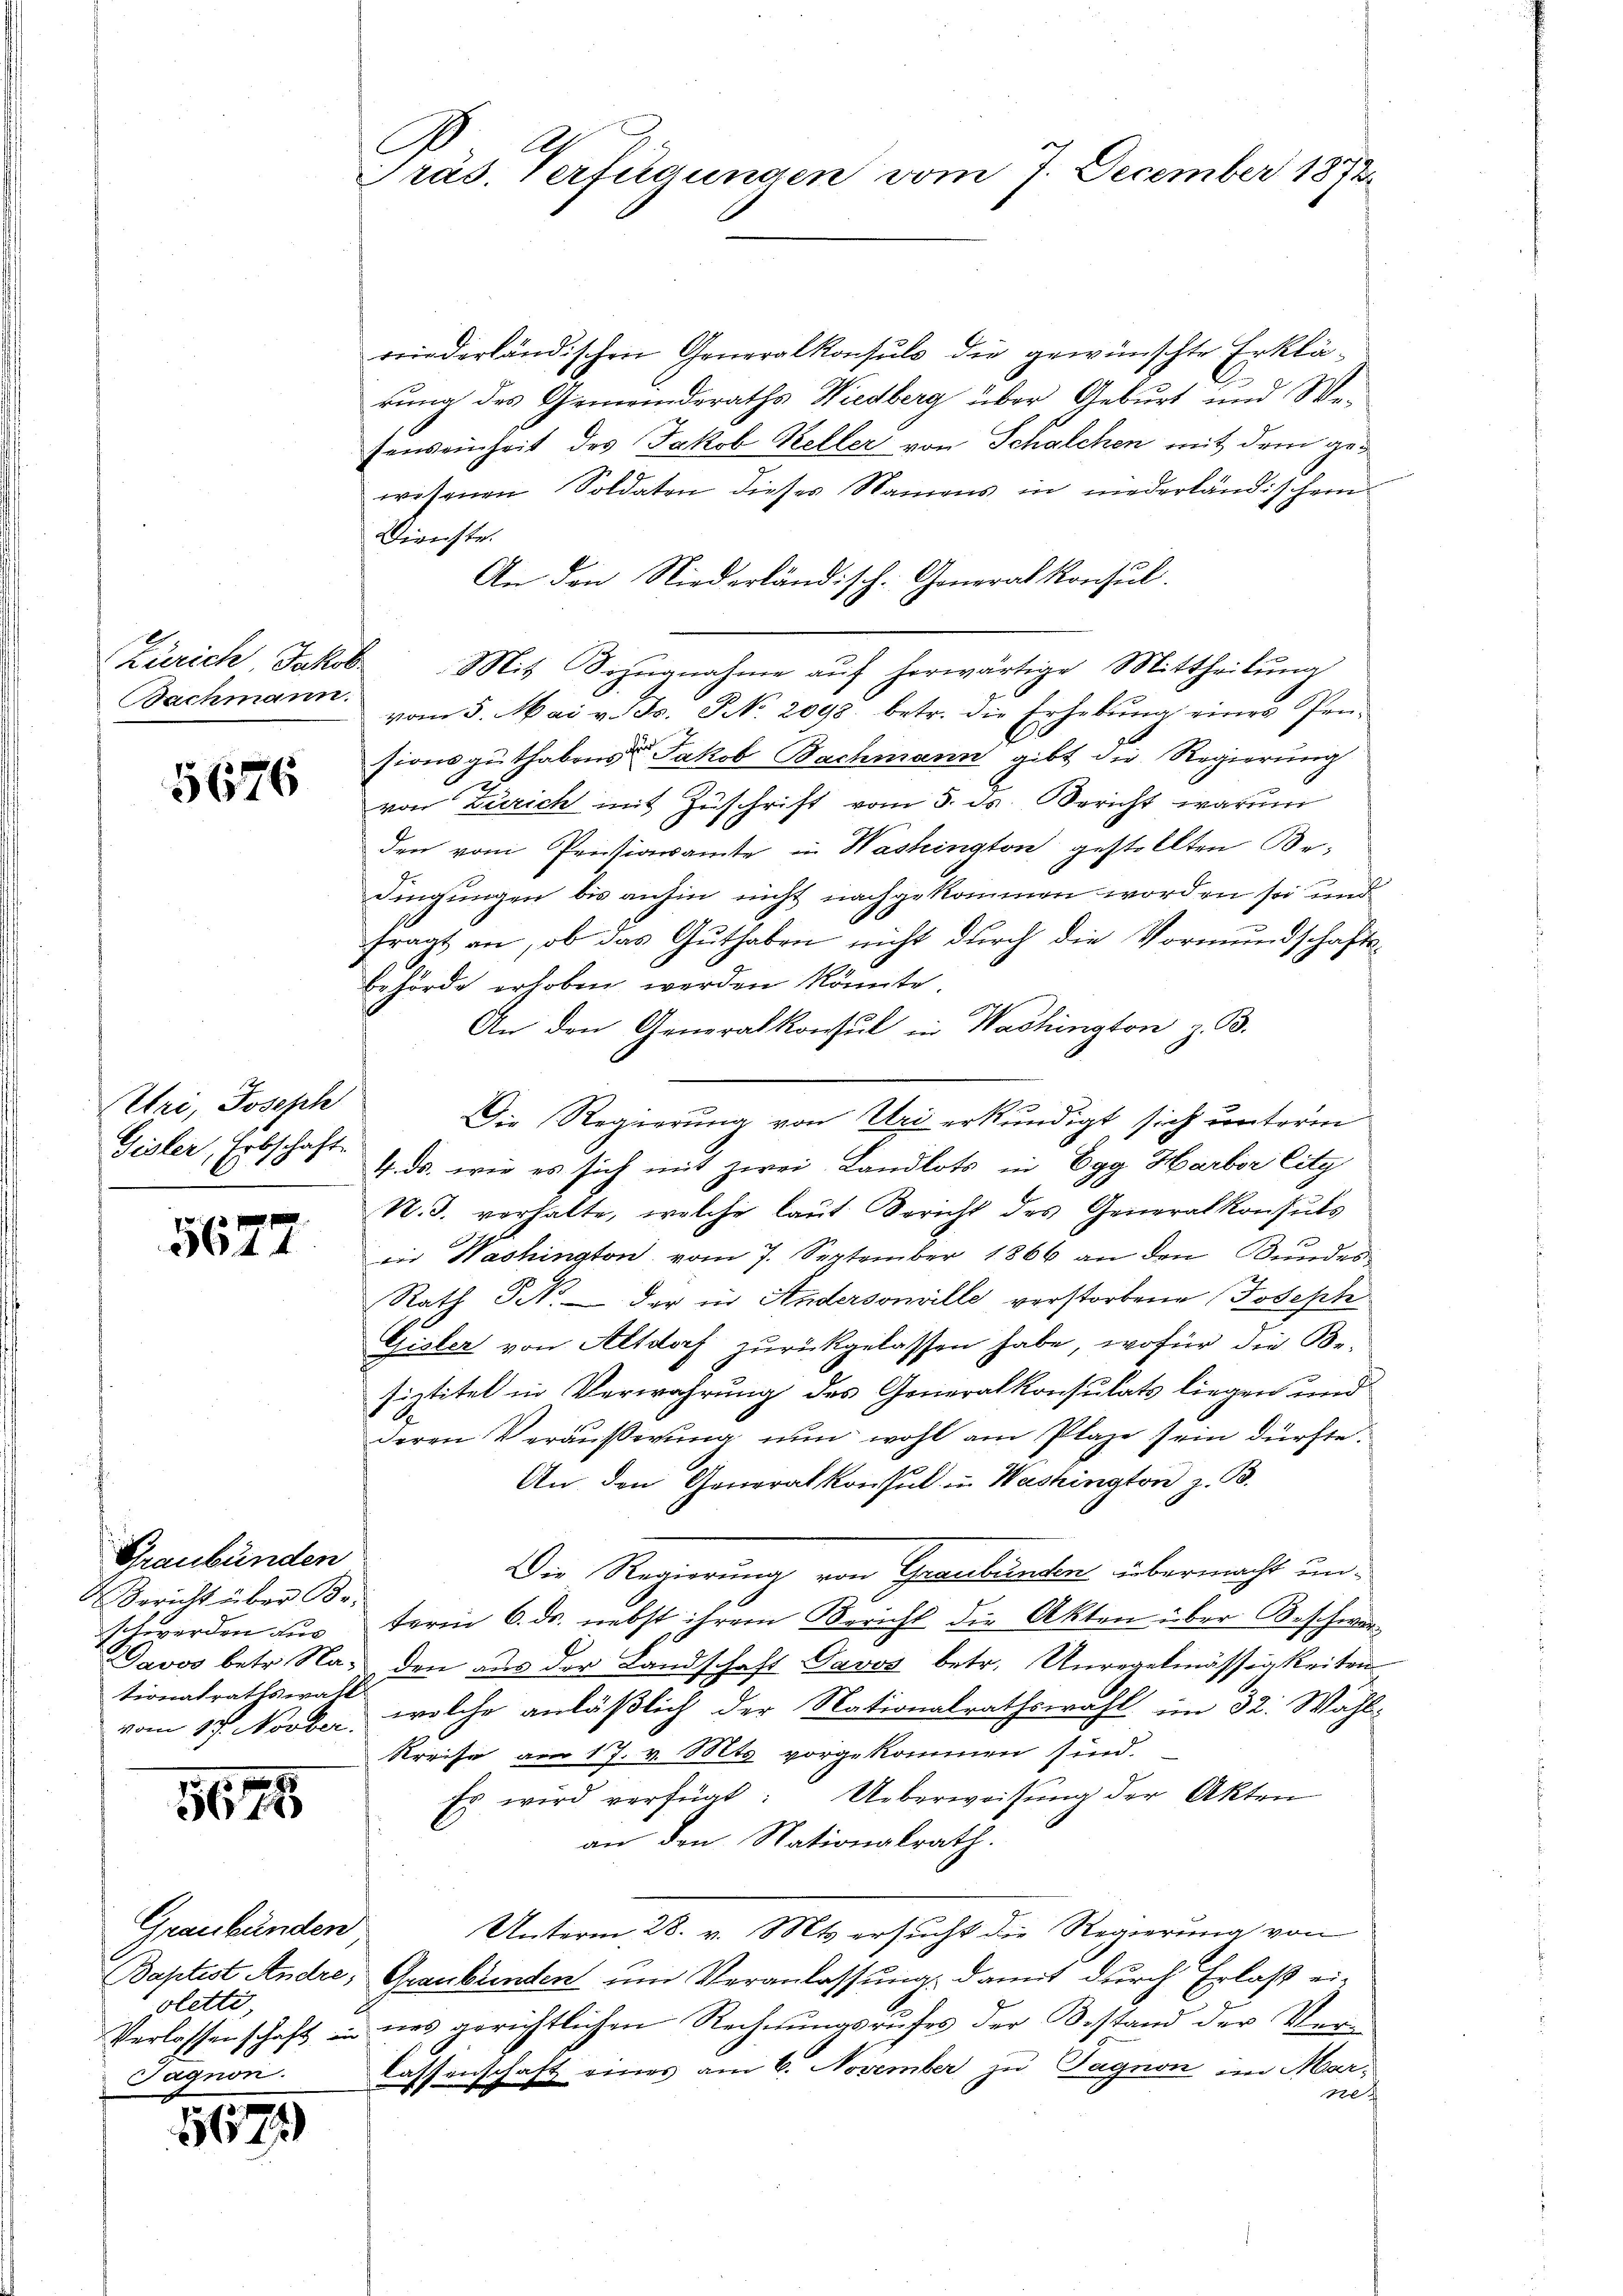
Zürich Jakob
Bachmann.

5676

Uri, Joseph
Gisler, Erbschaft.

5677

Graubünden
 Bericht über Betionalrathswahl

1675

reinderländischen Generalkonsuls die gewünschte Erklärung des Gemeinderaths Wiedberg über Geburt und Wefenseinheit des Jakob Keller von Schalchen mit dem gewesenen Soldaten dieses Namens in niederländischen
Dienste.
An den Niederländisch. Generalkonsul
Mit Sezŭgnahme aŭf herwärtige Mittheilŭng
vom 5. Mai v. Js. No. 2098. betr. die Erhebŭng einer Pen-
C
sions guthabens Jakob Bachmann gibt die Regierung
von Zürich mit Zuschrift vom 5. ds. Bericht warum
den vom Pensionsamte in Washington gestellten Bedingungen bis anhin nicht nachgekommen worden sei und
fragt an, ob das Guthaben nicht durch die Vormundschafts¬
Behörde erhoben werden könnte.
An den Generalkonsul in Washington z. B.
Die Regierung von Uri erkundigt sich unterm
4. ds. wie es sich mit zwei Landlots in Egg Harbor City
N. J. verhalte, welche laŭt Sericht des Generalkonsuls
iin Washington vom 7. September 1866 an den Bundes¬
Rath Frk. der in Andersonville verstorbene Joseph
Gisler von Altdorf zurückgelassen habe, wofür die Be-
siztitel in Verwahrung des Generalkonsulats liegen und
deren Veräußerung nun wohl am Plaze sein dürfte.
An den Generalkonsul in Washington z. B.
Die Regierung von Graubünten übermacht un-
schwerden aus term 6. ds. nebst ihrem Bericht die Akten über Beschwar
Davos betr. Na, den aus der Landschaft Davos betr. Unregelmässigkeiten
vom 15. Novber, welche anläßlich der Nationalrathswahl im 32. Wahl-
Kreise am 17. v. Mts vorgekommen sind.
Es wird verfügt: Ueberweisung der Akten
an den Nationalrath.
Unterm 28. v. Mts. ersucht die Regierung von
Baptist Andre, Graubrinden um Veranlassung, damit durch Erlaß ei-
Verlassenschaft in nes gerichtlichen Rechnungsrufes der Bestand der Verlassenschaft eines am 6. November zu Tagnon im Mar¬
Tel

Graubünden
oletti,
Sagnon.

1671)

Präs. Verfügungen vom 7. December 1872